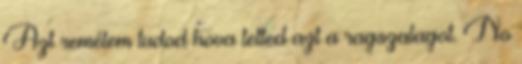
Azt remélem tudod hova tetted azt a ragszalagot. No